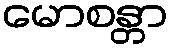
မောစန္တာ